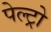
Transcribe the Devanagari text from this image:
पेल्ट्रो